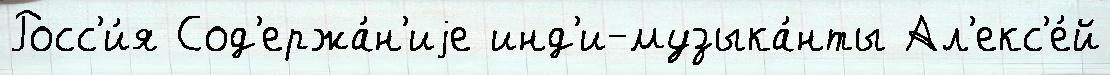
Росс'и́я Сод'ержа́н'иjе инд'и-музыка́нты Ал'екс'е́й